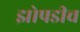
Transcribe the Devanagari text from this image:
झोपडीच